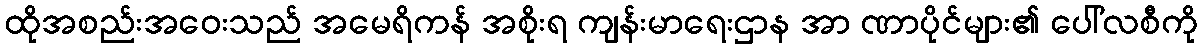
ထိုအစည်းအဝေးသည် အမေရိကန် အစိုးရ ကျန်းမာရေးဌာန အာ ဏာပိုင်များ၏ ပေါ်လစီကို